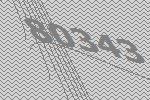
80343